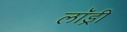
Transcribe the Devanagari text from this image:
लाॅड्री